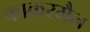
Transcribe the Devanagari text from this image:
काकरमैन